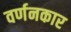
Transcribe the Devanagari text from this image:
वर्णनकार